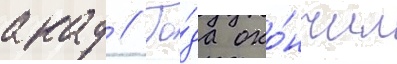
акад // Го́да око́нчил